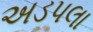
અડપલા